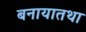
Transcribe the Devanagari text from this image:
बनायातथा